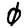
Digit: 0